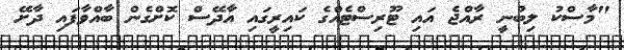
"މާސްކު ލިބުނީ ރާއްޖެ އައި ޓޫރިސްޓެއްގެ ކައިރީގައި އާދޭސް ކޮށްގެން ބާއްވާފައި ދާށޭ